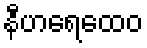
နီဟရေထေဝ